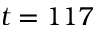
t = 1 1 7